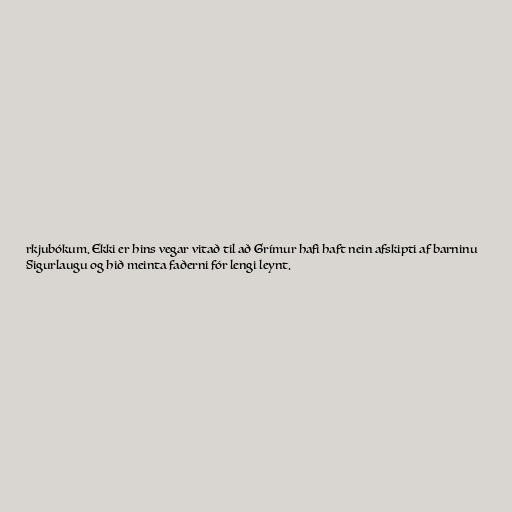
rkjubókum. Ekki er hins vegar vitað til að Grímur hafi haft nein afskipti af barninu
Sigurlaugu og hið meinta faðerni fór lengi leynt.